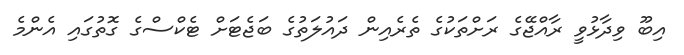
އިބޫ ވިދާޅުވީ ރާއްޖޭގެ ރަށްތަކުގެ ތެރެއިން ދައުލަތުގެ ބަޖެޓަށް ޓެކްސްގެ ގޮތުގައި އެންމެ